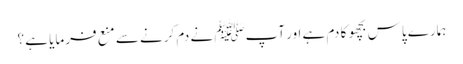
ہمارے پاس بچھو کا دم ہے اور آپﷺ نے دم کرنے سے منع فرمایا ہے ؟